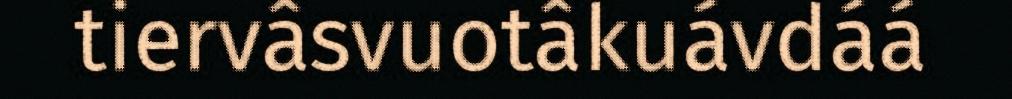
tiervâsvuotâkuávdáá